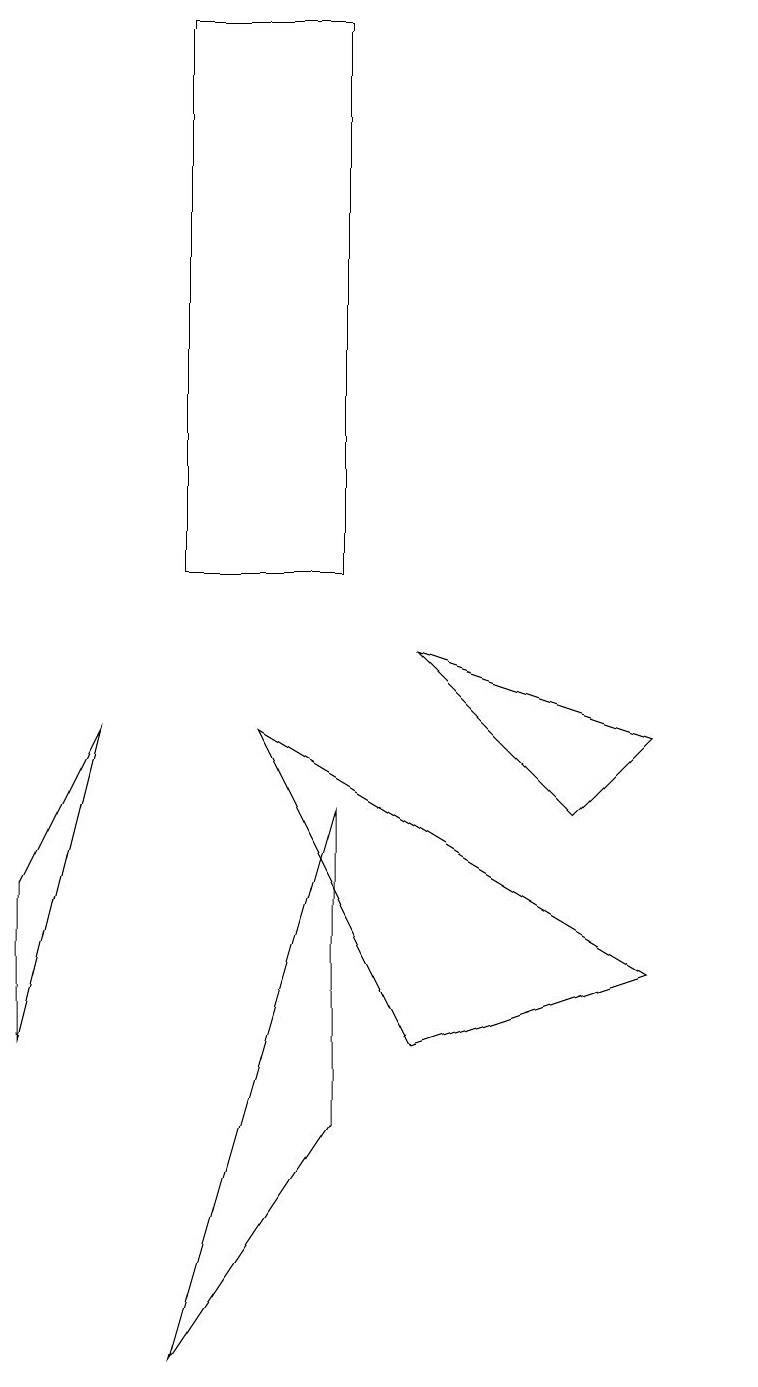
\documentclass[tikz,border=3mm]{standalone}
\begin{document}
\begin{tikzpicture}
\draw (5,7) -- (5,3) -- (3,0) -- cycle;
\draw (5,17) rectangle (3,10);
\draw (1,4) -- (2,8) -- (1,6) -- cycle;
\draw (6,9) -- (8,7) -- (9,8) -- cycle;
\draw (9,5) -- (4,8) -- (6,4) -- cycle;
\draw (10,10) circle (0);
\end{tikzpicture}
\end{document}